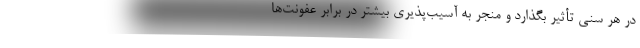
در هر سنی تأثیر بگذارد و منجر به آسیب‌پذیری بیشتر در برابر عفونت‌ها